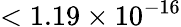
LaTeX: <1.19\times 10^{-16}